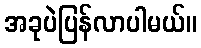
အခုပဲပြန်လာပါမယ်။